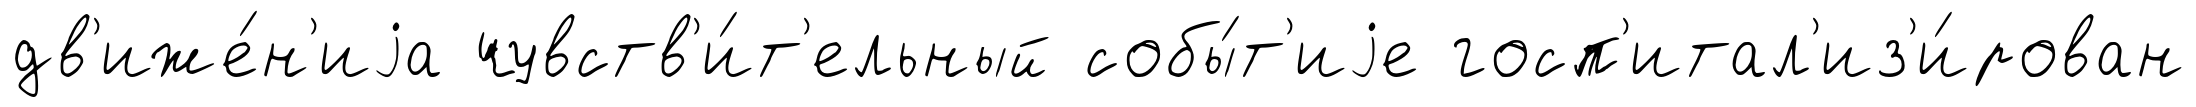
дв'иже́н'иjа чувств'и́т'ельный собы́т'иjе госп'итал'из'и́рован